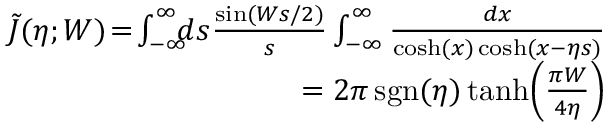
\begin{array} { r l r } & { } & { \tilde { J } ( \eta ; W ) \! = \! \int _ { - \infty } ^ { \infty } \! \! \! d s \frac { \sin ( W s / 2 ) } { s } \int _ { - \infty } ^ { \infty } \frac { d x } { \cosh ( x ) \cosh ( x - \eta s ) } } \\ & { } & { = 2 \pi \, \mathrm { s g n } ( \eta ) \operatorname { t a n h } \! \left( \frac { \pi W } { 4 \eta } \right) } \end{array}